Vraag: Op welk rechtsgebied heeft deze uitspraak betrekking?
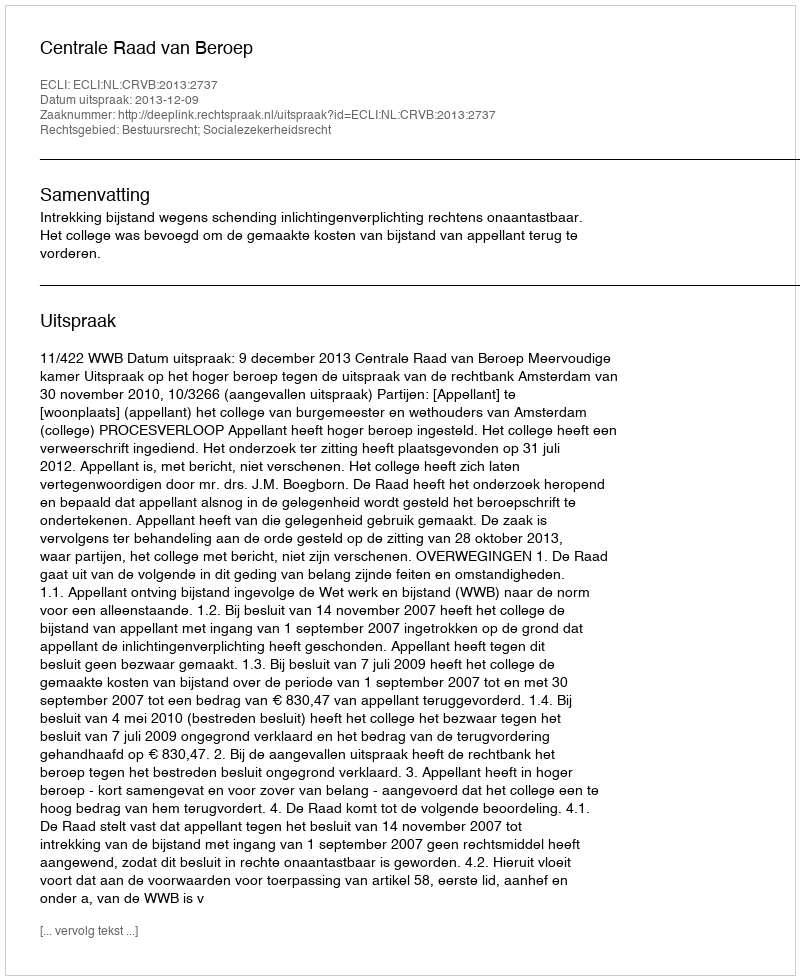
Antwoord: Bestuursrecht; Socialezekerheidsrecht